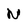
Character: N